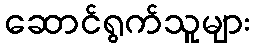
ဆောင်ရွက်သူများ